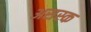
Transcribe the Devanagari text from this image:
असस्क